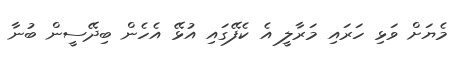
މެޔަށް ވަޅި ހަރައި މަރާލީ އެ ކެފޭގައި އުޅޭ އެހެން ބިދޭސީން ބުނާ